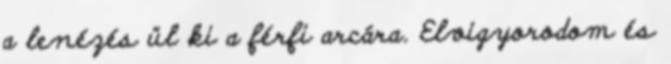
a lenézés ül ki a férfi arcára. Elvigyorodom és